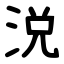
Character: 涚